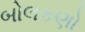
બોલકણો